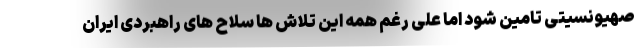
صهیونسیتی تامین شود اما علی رغم همه این تلاش ها سلاح های راهبردی ایران